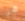
عجز